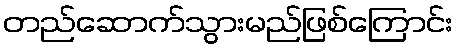
တည်ဆောက်သွားမည်ဖြစ်ကြောင်း